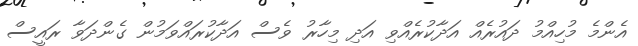
އެންމެ މުހިއްމު ދައުރެއް އަދާކުރެއްވި އަދި މިހާރު ވެސް އަދާކުރައްވަމުން ގެންދަވާ ރައީސް